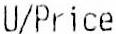
U/PRICE